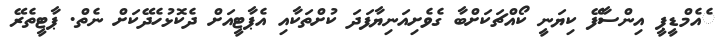
ެއެމްޑީޕީ އިންސާފޭ ކިޔަނީ ކޯއްޗަކަށްބާ ގެވެށިއަނިޔާފަދަ ކުށްތަކާއި އެޕާޓީއަށް ދެކޮޅުހެދޭކަށް ނެތް. ޕާޓީތެރޭ